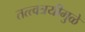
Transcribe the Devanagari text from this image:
तत्त्वत्रयीमुळे